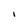
Character: I